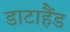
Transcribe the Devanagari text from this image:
डाटाहैंड